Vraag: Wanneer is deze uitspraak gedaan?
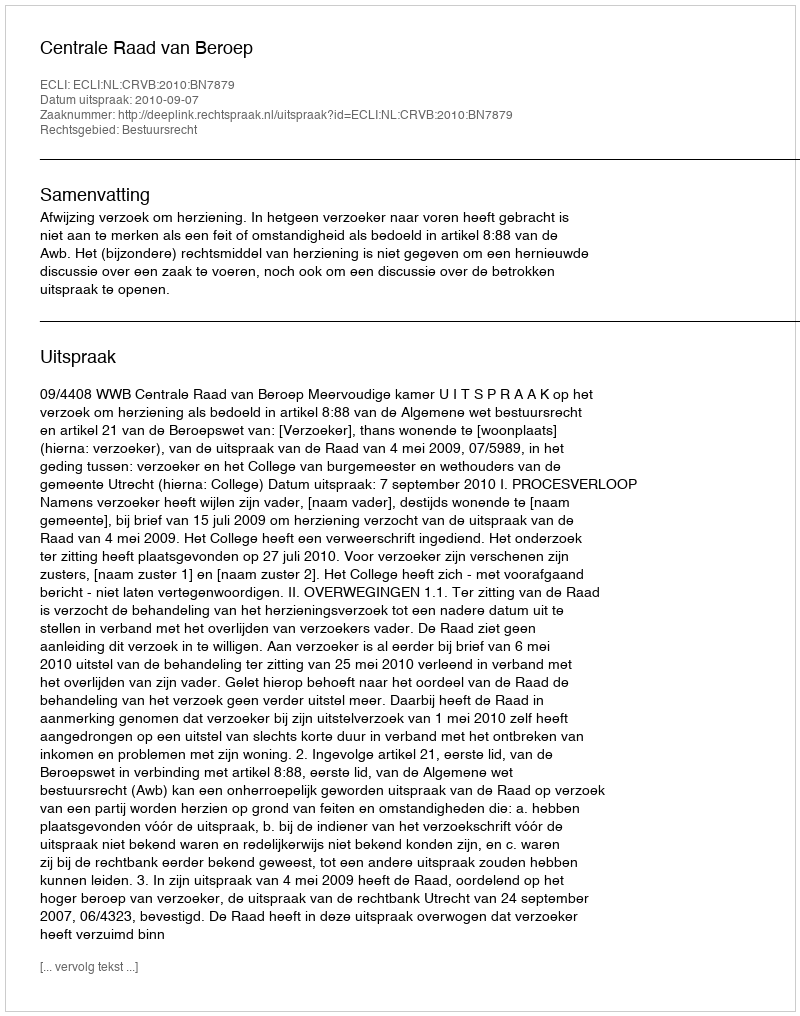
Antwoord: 2010-09-07